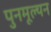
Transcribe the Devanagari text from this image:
पुनमूल्यन